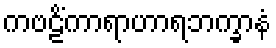
ကဗဠိံကာရာဟာရဘက္ခာနံ